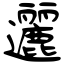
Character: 邐